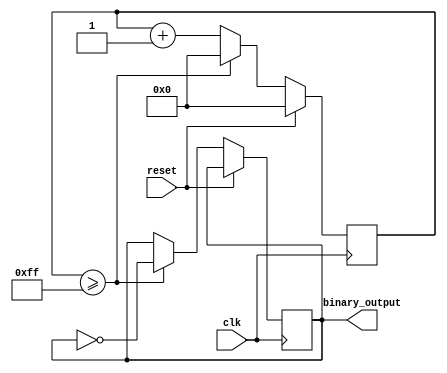
module clock_divider(
    input wire clk,
    input wire reset,
    output reg binary_output
);

reg [15:0] counter;

always @(posedge clk) begin
    if (reset) begin
        counter <= 16'b0;
    end else begin
        counter <= counter + 1;
        
        if (counter >= 8'hFF) begin
            binary_output <= ~binary_output;
            counter <= 16'b0;
        end
    end
end

endmodule